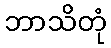
ဘာသိတုံ